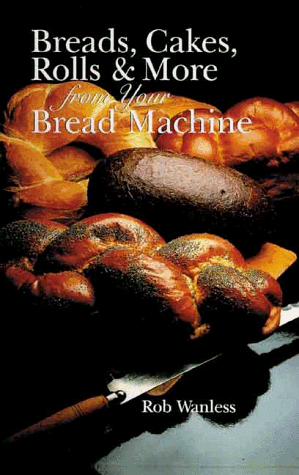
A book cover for Breads, Cakes, Rolls & More from Your Bread Machine; Rob Wanless; Cookbooks, Food & Wine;